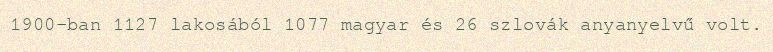
1900-ban 1127 lakosából 1077 magyar és 26 szlovák anyanyelvű volt.